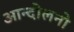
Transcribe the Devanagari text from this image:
आन्दोलनो